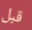
قبل